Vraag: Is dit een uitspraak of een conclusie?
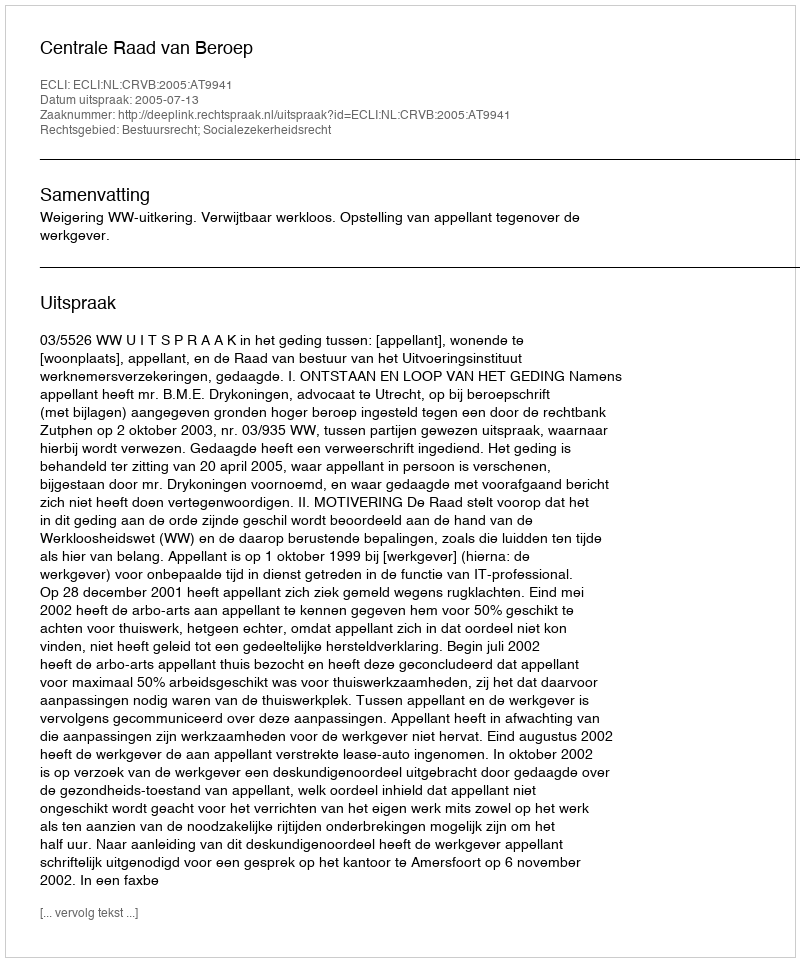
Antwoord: Uitspraak